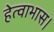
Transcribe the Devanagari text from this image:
हेत्वाभास।